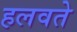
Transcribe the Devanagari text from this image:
हलवते